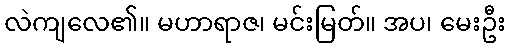
လဲကျလေ၏။ မဟာရာဇ၊ မင်းမြတ်။ အပ၊ မေးဦး